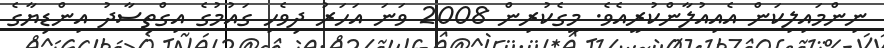
ނިންމައިލިކަން އެއިއުލާންކުރީއެވެ. މީގެކުރިން 2008 ވަނަ އަހަރު ދިވެހި ގައުމުގެ އިގްތިސާދު އިންޑިޔާގެ